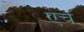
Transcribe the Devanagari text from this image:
एचं